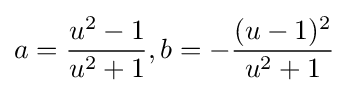
a={\frac {u^{2}-1}{u^{2}+1}},b=-{\frac {(u-1)^{2}}{u^{2}+1}}